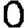
Digit: 0